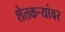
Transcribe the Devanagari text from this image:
शेतकर्‍यांवर